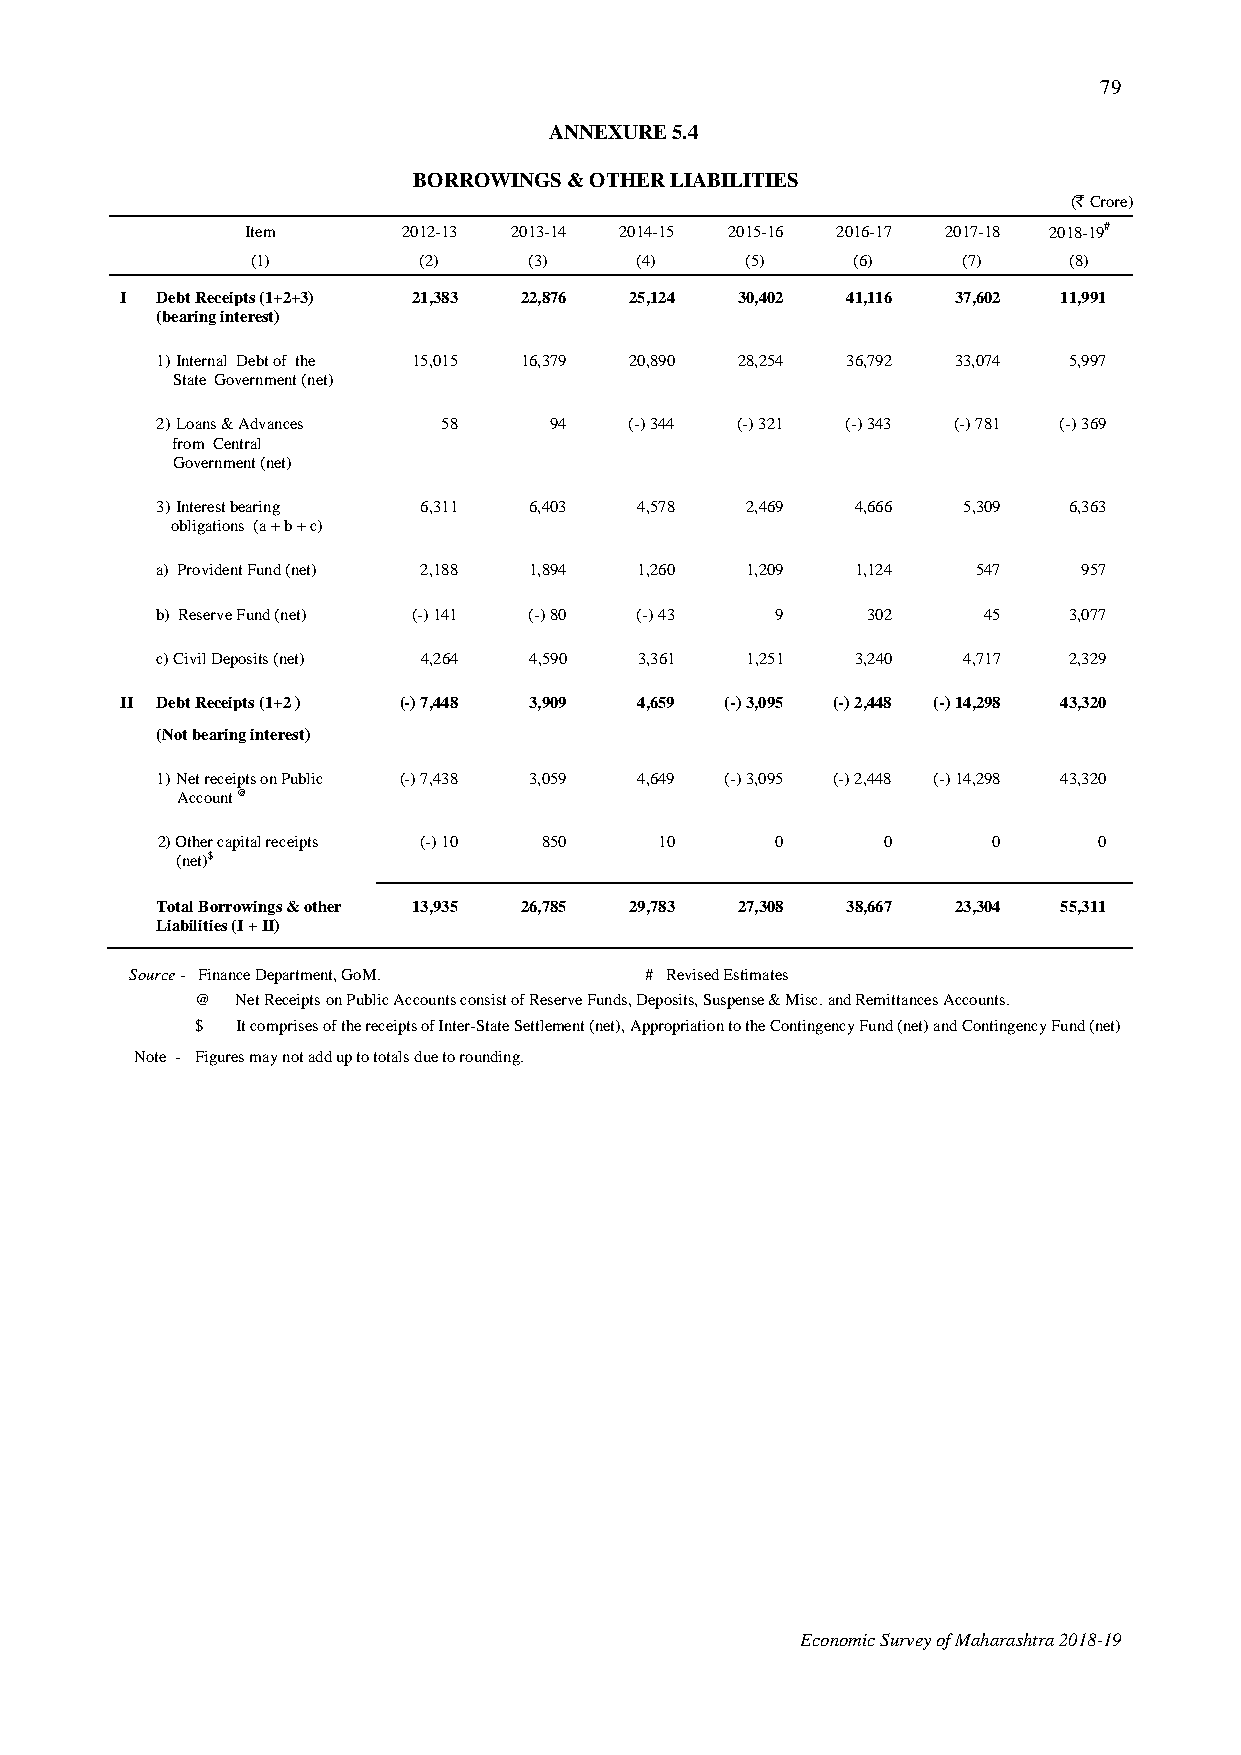
79
 ANNEXURE 5.4
 BORROWINGS & OTHER LIABILITIES
 (` Crore)
 Item       2012-13 2013-14 2014-15 2015-16 2016-17 2017-18 2018-19#
 (1)        (2)    (3)    (4)    (5)     (6)    (7)    (8)
 I Debt Receipts (1+2+3) 21,383 22,876 25,124 30,402 41,116 37,602 11,991
 (bearing interest)
 1) Internal Debt of the 15,015 16,379 20,890 28,254 36,792 33,074 5,997
 State Government (net)
 2) Loans & Advances 58    94    (-) 344 (-) 321 (-) 343 (-) 781 (-) 369
 from Central
 Government (net)
 3) Interest bearing 6,311 6,403 4,578  2,469   4,666  5,309  6,363
 obligations (a + b + c)
 a) Provident Fund (net) 2,188 1,894 1,260 1,209 1,124  547    957
 b) Reserve Fund (net) (-) 141 (-) 80 (-) 43 9  302     45    3,077
 c) Civil Deposits (net) 4,264 4,590 3,361 1,251 3,240 4,717  2,329
 II Debt Receipts (1+2 ) (-) 7,448 3,909 4,659 (-) 3,095 (-) 2,448 (-) 14,298 43,320
 (Not bearing interest)
 1) Net receipts on Public (-) 7,438 3,059 4,649 (-) 3,095 (-) 2,448 (-) 14,298 43,320
 Account @
 2) Other capital receipts (-) 10 850 10  0      0       0      0
 (net)$
 Total Borrowings & other 13,935 26,785 29,783 27,308 38,667 23,304 55,311
 Liabilities (I + II)
 Source - Finance Department, GoM. # Revised Estimates
 @  Net Receipts on Public Accounts consist of Reserve Funds, Deposits, Suspense & Misc. and Remittances Accounts.
 $  It comprises of the receipts of Inter-State Settlement (net), Appropriation to the Contingency Fund (net) and Contingency Fund (net)
 Note - Figures may not add up to totals due to rounding.
 Economic Survey of Maharashtra 2018-19